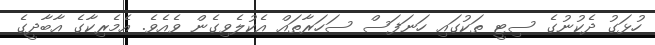
ހުޅަގު ދެކުނުގެ ސިޓީ ތަކުގައި ހަނަފަސް ސަހަރާތައް އެކުލެވިގެން ވެއެވެ. އެމެރިކާގެ އާބާދީގެ